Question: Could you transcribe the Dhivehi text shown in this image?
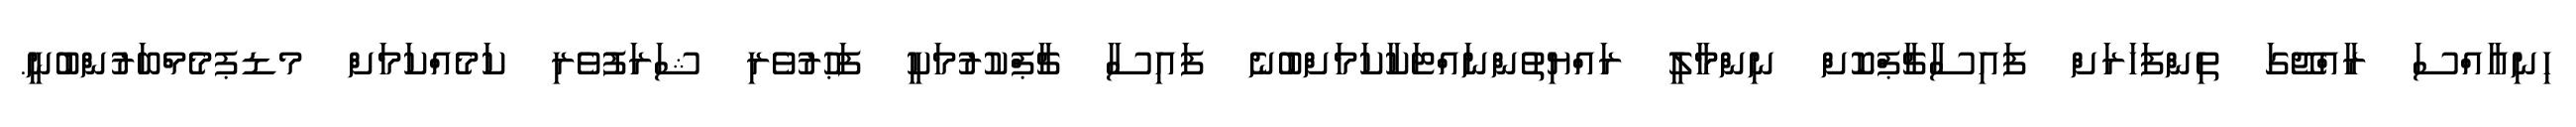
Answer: ހިނިއާއްސަ ރާއްޖޭގަ ތިންފަހަރަށް ފައިސާޗާޕްކޮށް ނިންމާލީ ރައްޔިތުންނައްޓަކާކަމަށްބުނެ ފައިސާ ޗާޕްކުރުމަކީ ފަޙުރުވެރި ޝަރަފުވެރި ކަމެއްކަމަށް މޑޕމެމްބަރުންބުނީ.